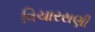
વિચારસણી